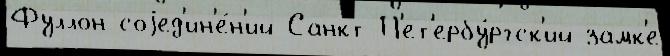
Фуллон соjед'ин'е́н'ий Санкт-П'ет'ербу́ргск'ий замк'е